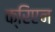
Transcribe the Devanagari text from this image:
क्रिएन